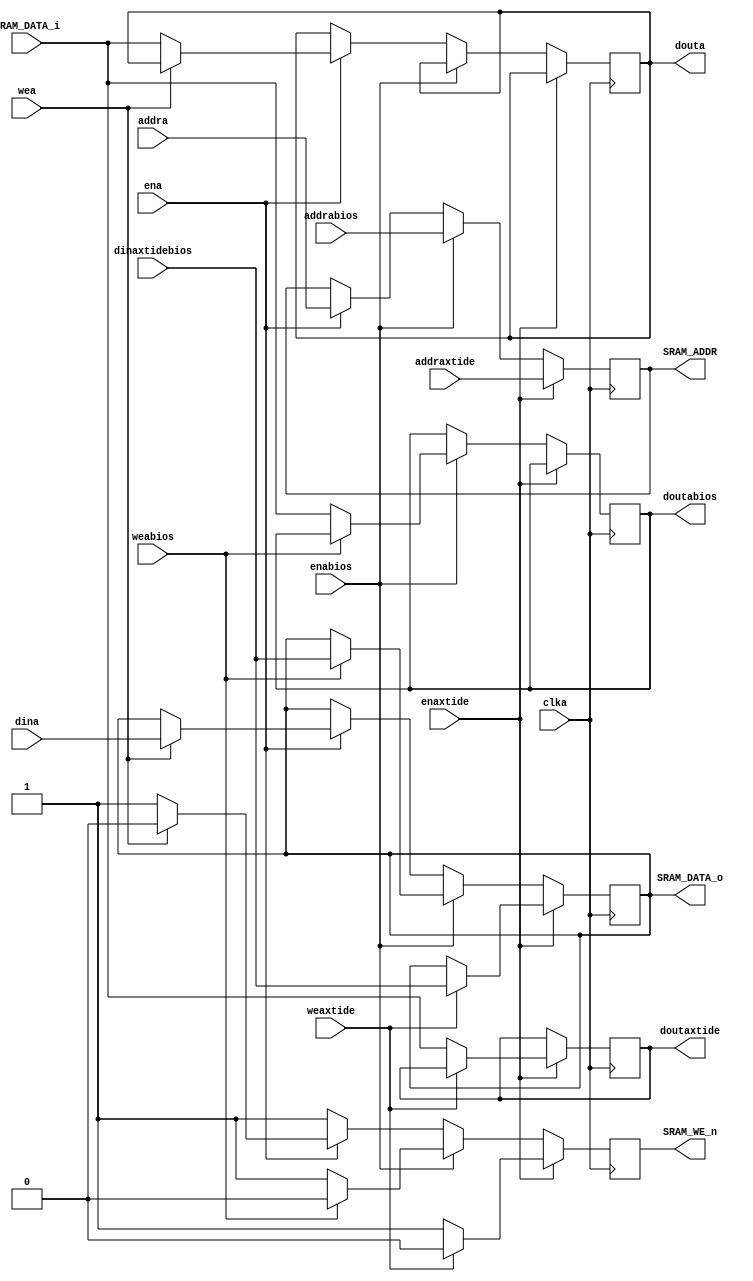
`default_nettype wire

module ram
(
  input               clka,
  input               ena,
  input               enaxtide,
  input               enabios,
  input               wea,
  input               weaxtide,
  input               weabios,
  input      [20:0]   addra,
  input      [20:0]   addraxtide,
  input      [20:0]   addrabios,
  input      [7:0]    dina,
  input      [7:0]    dinaxtidebios,
  output reg [7:0]    douta,
  output reg [7:0]    doutaxtide,
  output reg [7:0]    doutabios,

  output reg [20:0]   SRAM_ADDR,
  input      [7:0]    SRAM_DATA_i,
  output reg [7:0]    SRAM_DATA_o,  
  output reg          SRAM_WE_n
);

assign isa_dout = SRAM_DATA_i;

always @(posedge clka)
begin
	SRAM_WE_n <= 1'b1;
	if (enaxtide) begin
      SRAM_ADDR = addraxtide;
		if (weaxtide) begin
		   SRAM_WE_n <= 1'b0;			
			SRAM_DATA_o <= dinaxtidebios;
		end
		else begin			
			doutaxtide <= SRAM_DATA_i;
		end
	end
	else if (enabios) begin
      SRAM_ADDR = addrabios;
		if (weabios) begin
		   SRAM_WE_n <= 1'b0;			
			SRAM_DATA_o <= dinaxtidebios;
		end
		else begin
			doutabios <= SRAM_DATA_i;
		end
	end
	else if (ena) begin
      SRAM_ADDR = addra;		
		if (wea) begin
		   SRAM_WE_n <= 1'b0;			
			SRAM_DATA_o <= dina;
		end
		else begin
			douta <= SRAM_DATA_i;
		end
	end
end
endmodule
/*
module ram
(
	input		wire					clka,
	input		wire					ena,
	input		wire					enaxtide,
	input		wire					enabios,
	input		wire					enacga,
	input		wire					wea,
	input		wire					weaxtide,
	input		wire					weabios,  
	input		wire	[20:0]		addra,
	input		wire	[20:0]		addraxtide,
	input		wire	[20:0]		addrabios,
	input		wire	[20:0]		addracga,
	input		wire	[20:0]		dina,
	input		wire	[20:0]		dinaxtidebios,
	output	reg	[7:0]			douta,
	output	reg	[7:0]			doutaxtide,
	output	reg	[7:0]			doutabios,
	output	reg	[7:0]			doutacga,

	output	reg	[20:0]		SRAM_ADDR,
	input		wire	[7:0]			SRAM_DATA_i,
	output	reg	[7:0]			SRAM_DATA_o,  
	output	reg	[7:0]			SRAM_WE_n
);

wire	isa_dout;
assign isa_dout = SRAM_DATA_i;

always @(posedge clka)
begin
	SRAM_WE_n <= 1'b1;
	if (enaxtide) begin
      SRAM_ADDR = addraxtide;
		if (weaxtide) begin
		   SRAM_WE_n <= 1'b0;			
			SRAM_DATA_o <= dinaxtidebios;
		end
		else begin			
			doutaxtide <= SRAM_DATA_i;
		end
	end
	else if (enabios) begin
      SRAM_ADDR = addrabios;
		if (weabios) begin
		   SRAM_WE_n <= 1'b0;			
			SRAM_DATA_o <= dinaxtidebios;
		end
		else begin
			doutabios <= SRAM_DATA_i;
		end
	end
	else if (enacga) begin
		SRAM_ADDR = addracga;
		doutacga <= SRAM_DATA_i;
	end
	
	else if (ena) begin
      SRAM_ADDR = addra;
		if (wea) begin
		   SRAM_WE_n <= 1'b0;			
			SRAM_DATA_o <= dina;
		end
		else begin
			douta <= SRAM_DATA_i;
		end
	end
end
endmodule
*/